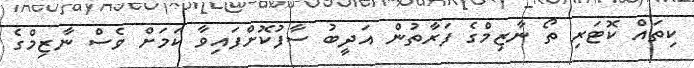
ކިތައް ކޮޓަރި ތޯ ނާޒިމްގެ ފަރާތުން އަދީބު ސާފުކޮށްފައިވާ ކަމަށް ވެސް ނާޒިމްގެ